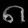
Digit: ၈